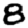
Digit: 8